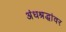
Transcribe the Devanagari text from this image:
अंधश्रद्धांवर